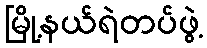
မြို့နယ်ရဲတပ်ဖွဲ့